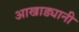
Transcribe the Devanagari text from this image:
आखाड्यानी